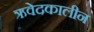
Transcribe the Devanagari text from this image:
ऋवेदकालीन